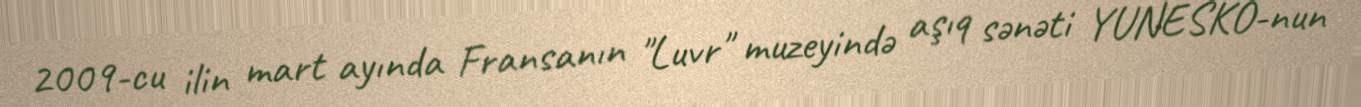
2009-cu ilin mart ayında Fransanın "Luvr" muzeyində aşıq sənəti YUNESKO-nun